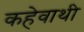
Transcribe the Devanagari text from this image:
कहेवाथी